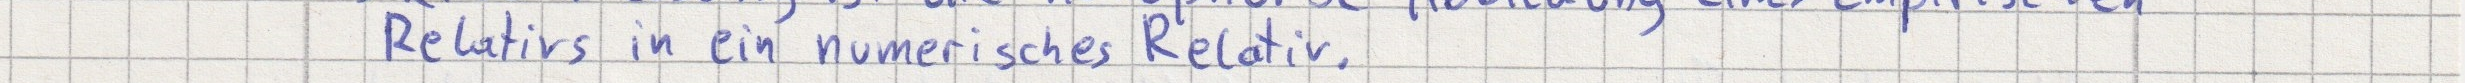
Relativs in ein numerisches Relativ.